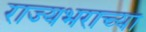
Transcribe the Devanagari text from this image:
राज्यभराच्या